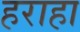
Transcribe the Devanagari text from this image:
हराहा